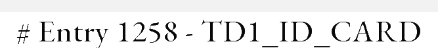
# Entry 1258 - TD1_ID_CARD